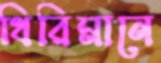
থিরিমানে